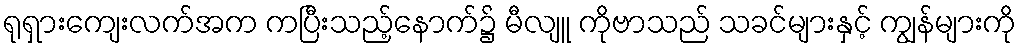
ရုရှားကျေးလက်အက ကပြီးသည့်နောက်၌ မီလျူ ကိုဗာသည် သခင်များနှင့် ကျွန်များကို